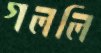
গললি